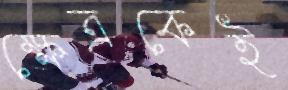
ক্ষেত্রকেই